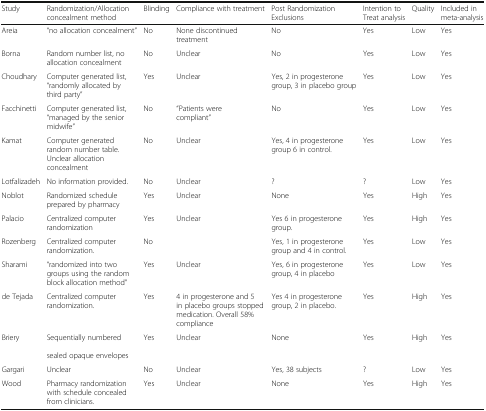
<table><thead><tr><td><b>Study</b></td><td><b>Randomization/Allocation concealment method</b></td><td><b>Blinding</b></td><td><b>Compliance with treatment</b></td><td><b>Post Randomization Exclusions</b></td><td><b>Intention to Treat analysis</b></td><td><b>Quality</b></td><td><b>Included in meta-analysis</b></td></tr></thead><tbody><tr><td>Areia</td><td>“no allocation concealment”</td><td>No</td><td>None discontinued treatment</td><td>No</td><td>Yes</td><td>Low</td><td>Yes</td></tr><tr><td>Borna</td><td>Random number list, no allocation concealment</td><td>No</td><td>Unclear</td><td>No</td><td>Yes</td><td>Low</td><td>Yes</td></tr><tr><td>Choudhary</td><td>Computer generated list, “randomly allocated by third party”</td><td>Yes</td><td>Unclear</td><td>Yes, 2 in progesterone group, 3 in placebo group</td><td>Yes</td><td>Low</td><td>Yes</td></tr><tr><td>Facchinetti</td><td>Computer generated list, “managed by the senior midwife”</td><td>No</td><td>“Patients were compliant”</td><td>No</td><td>Yes</td><td>Low</td><td>Yes</td></tr><tr><td>Kamat</td><td>Computer generated random number table. Unclear allocation concealment</td><td>No</td><td>Unclear</td><td>Yes, 4 in progesterone group 6 in control.</td><td>Yes</td><td>Low</td><td>Yes</td></tr><tr><td>Lotfalizadeh</td><td>No information provided.</td><td>No</td><td>Unclear</td><td>?</td><td>?</td><td>Low</td><td>Yes</td></tr><tr><td>Noblot</td><td>Randomized schedule prepared by pharmacy</td><td>Yes</td><td>Unclear</td><td>None</td><td>Yes</td><td>High</td><td>Yes</td></tr><tr><td>Palacio</td><td>Centralized computer randomization</td><td>Yes</td><td>Unclear</td><td>Yes 6 in progesterone group.</td><td>Yes</td><td>High</td><td>Yes</td></tr><tr><td>Rozenberg</td><td>Centralized computer randomization.</td><td>No</td><td></td><td>Yes, 1 in progesterone group and 4 in control.</td><td>Yes</td><td>Low</td><td>Yes</td></tr><tr><td>Sharami</td><td>“randomized into two groups using the random block allocation method”</td><td>Yes</td><td>Unclear</td><td>Yes, 6 in progesterone group, 4 in placebo</td><td>Yes</td><td>Low</td><td>Yes</td></tr><tr><td>de Tejada</td><td>Centralized computer randomization.</td><td>Yes</td><td>4 in progesterone and 5 in placebo groups stopped medication. Overall 58% compliance</td><td>Yes 4 in progesterone group, 2 in placebo.</td><td>Yes</td><td>High</td><td>Yes</td></tr><tr><td>Briery</td><td>Sequentially numbered sealed opaque envelopes</td><td>Yes</td><td>Unclear</td><td>None</td><td>Yes</td><td>High</td><td>Yes</td></tr><tr><td>Gargari</td><td>Unclear</td><td>No</td><td>Unclear</td><td>Yes, 38 subjects</td><td>?</td><td>Low</td><td>Yes</td></tr><tr><td>Wood</td><td>Pharmacy randomization with schedule concealed from clinicians.</td><td>Yes</td><td>Unclear</td><td>None</td><td>Yes</td><td>High</td><td>Yes</td></tr></tbody></table>